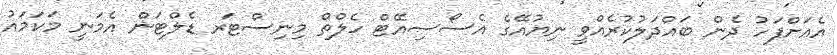
އެއަށްފަހު ދެން ބައްދަލުކުރެއްވީ ނިޔުއޭގެ އެސޯސިއޭޓް ހެލްތް މިނިސްޓަރ ޑެލްޓަން އެމަނީ މަކަމައު